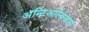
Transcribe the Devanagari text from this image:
अॅन्टिअल्किडास